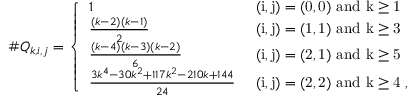
\# Q _ { k , i , j } = \left\{ \begin{array} { l l } { 1 } & { \mathrm { ~ ( i , j ) = ( 0 , 0 ) ~ a n d ~ k \geq 1 ~ } } \\ { \frac { ( k - 2 ) ( k - 1 ) } { 2 } } & { \mathrm { ~ ( i , j ) = ( 1 , 1 ) ~ a n d ~ k \geq 3 ~ } } \\ { \frac { ( k - 4 ) ( k - 3 ) ( k - 2 ) } { 6 } } & { \mathrm { ~ ( i , j ) = ( 2 , 1 ) ~ a n d ~ k \geq 5 ~ } } \\ { \frac { 3 k ^ { 4 } - 3 0 k ^ { 2 } + 1 1 7 k ^ { 2 } - 2 1 0 k + 1 4 4 } { 2 4 } } & { \mathrm { ~ ( i , j ) = ( 2 , 2 ) ~ a n d ~ k \geq 4 ~ } , } \end{array} \right.